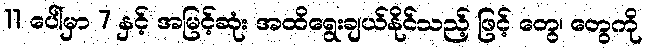
11 ပေါ်မှာ 7 နှင့် အမြင့်ဆုံး အထိရွေးချယ်နိုင်သည့် ဖြင့် တွေ၊ တွေကို